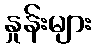
နှုန်းများ